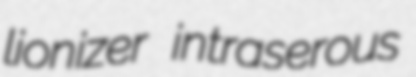
lionizer intraserous